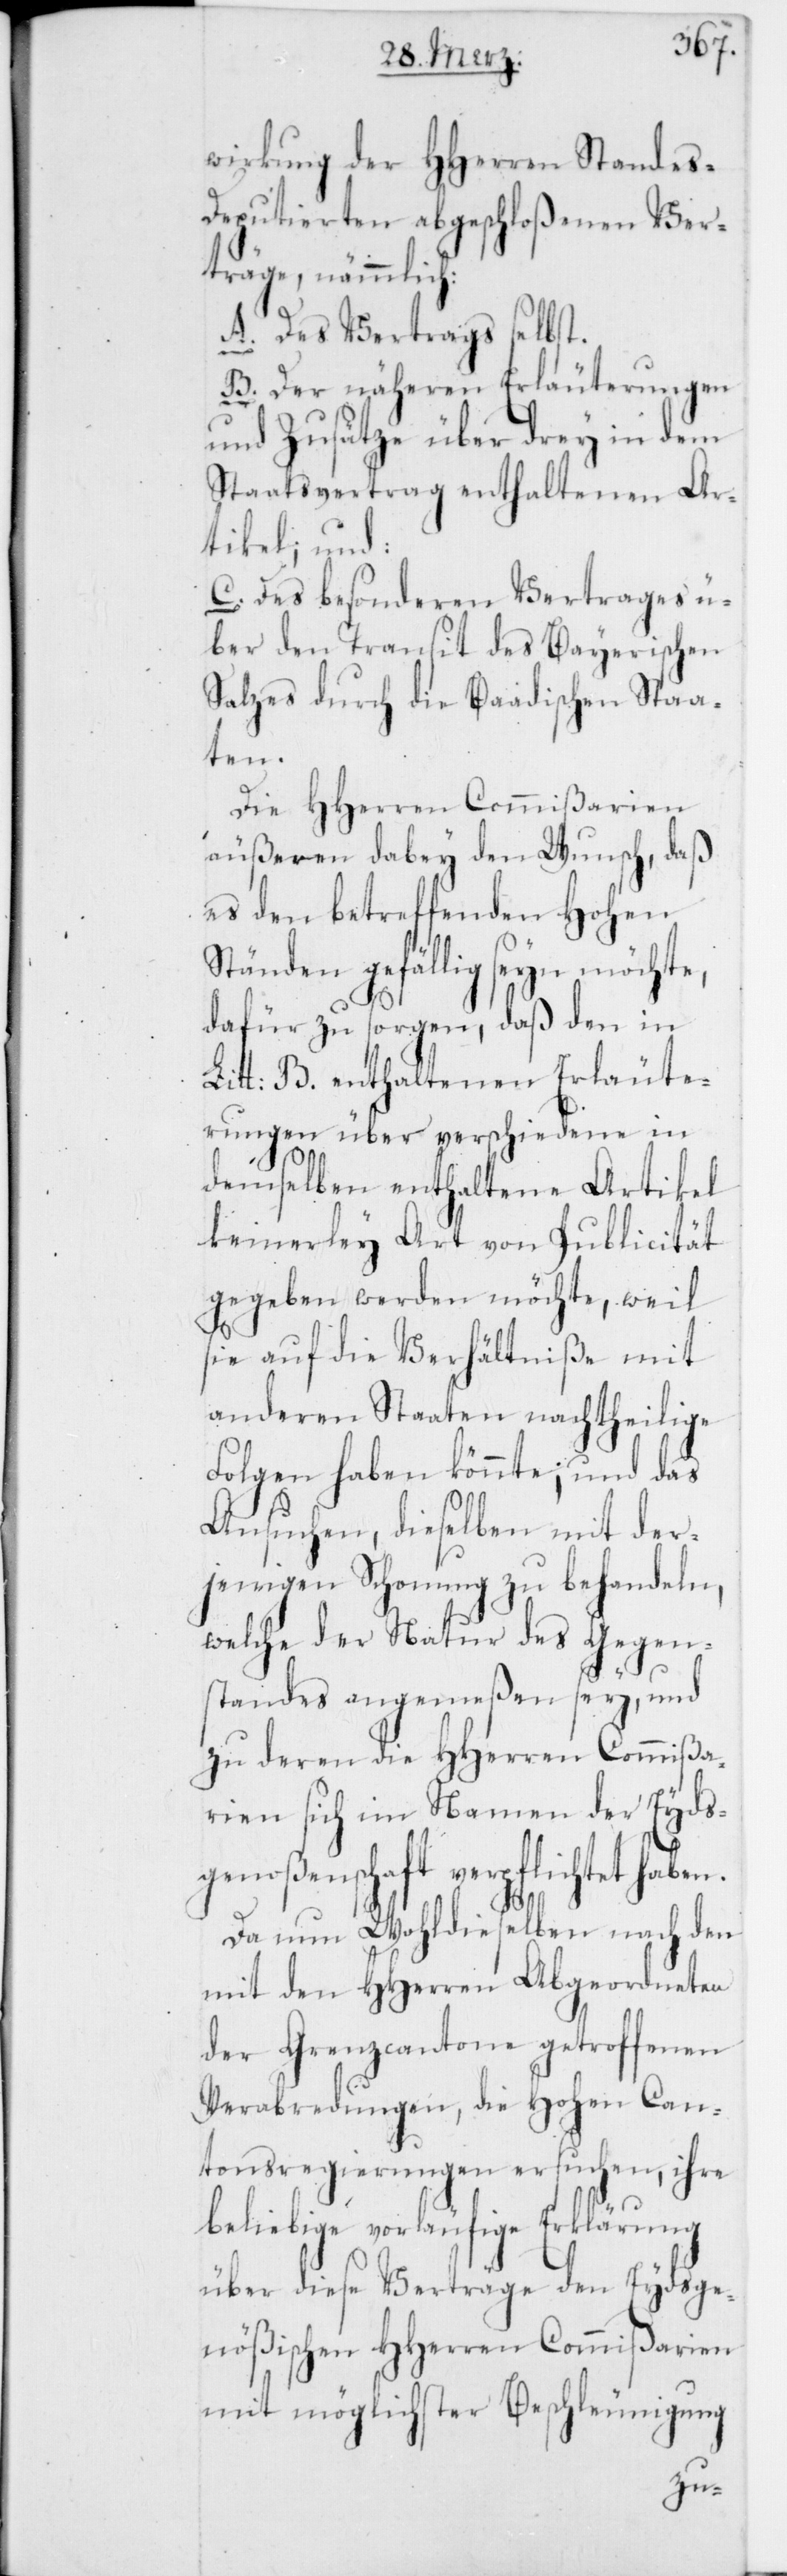
wirkung des HHerren Standes-D¬
eputierten abgeschloßenen Ver¬
träge, nämmlich:
A. Des Vertrags selbst.
B. Der näheren Erläuterungen
und Zusätze über drey in dem
Staatsvertrag enthaltenen Ar¬
tikel; und:
C. Des besonderen Vertrages ü¬
ber den Transit des Bayerischen
Salzes durch die Baadischen Staa¬
ten.
Die HHerren Commißarien
äußeren dabey den Wunsch, daß
es den betreffenden Hohen
Ständen gefällig seyn möchte,
dafür zu sorgen, daß den in
Litt: B. enthaltenen Erläute¬
rungen über verschiedene in
demselben enthaltene Artikel
keinerley Art von Publicität
gegeben werden möchte, weil
sie auf die Verhältniße mit
anderen Staaten nachtheilige
Folgen haben könnte, und das
Ansuchen, dieselben mit der¬
jenigen Schonung zu behandeln,
welche der Natur des Gegen¬
standes angemeßen sey, und
zu deren die HHerren Commißa¬
rien sich im Namen der Eyds¬
genoßenschaft verpflichtet haben.
Da nun Wohldieselben nach den
mit den HHerren Abgeordneten
der Grenzcantone getroffenen
Verabredungen, die Hohen Can¬
tonsregierungen ersuchen, ihre
beliebige vorläufige Erklärung
über diese Verträge den Eydsge¬
nößischen HHerren Commißarien
mit möglichster Beschleunigung